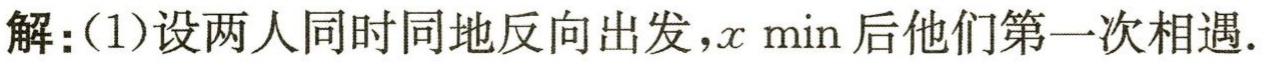
解：(1)设两人同时同地反向出发，\(x\min\)后他们第一次相遇.